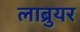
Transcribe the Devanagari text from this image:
लाब्रुयर